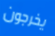
يخرجون